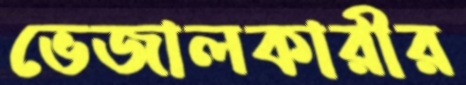
ভেজালকারীর